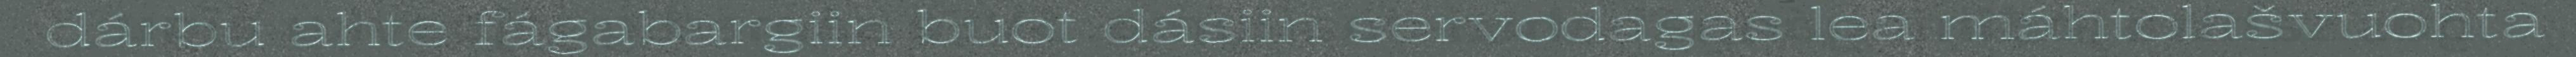
dárbu ahte fágabargiin buot dásiin servodagas lea máhtolašvuohta